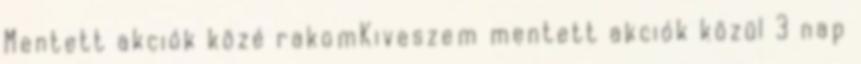
Mentett akciók közé rakomKiveszem mentett akciók közül 3 nap